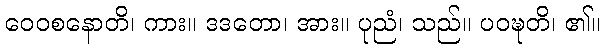
ဝေဝစနောတိ၊ ကား။ ဒဒတော၊ အား။ ပုညံ၊ သည်။ ပဝဍ္ဎတိ၊ ၏။